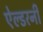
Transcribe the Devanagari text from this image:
ऐल्डरनी